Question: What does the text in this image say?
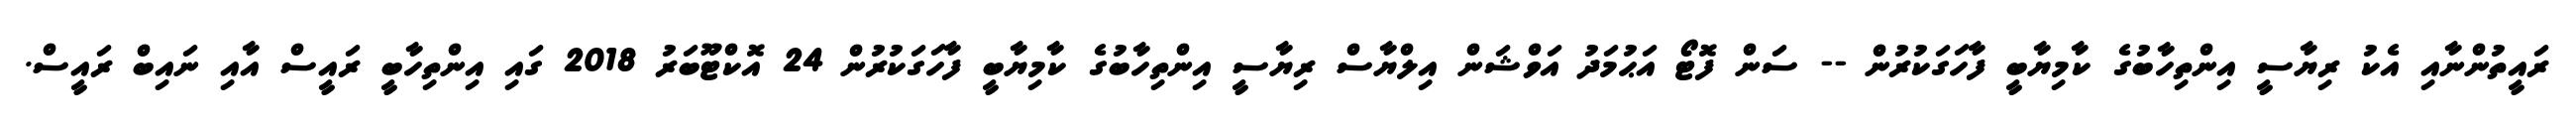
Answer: ރައީތުންނާއި އެކު ރިޔާސީ އިންތިހާބުގެ ކާމިޔާބީ ފާހަގަކުރުން -- ސަން ފޮޓޯ އަޙުމަދު އަވްޝަން އިލްޔާސް ރިޔާސީ އިންތިހާބުގެ ކާމިޔާބީ ފާހަގަކުރުން 24 އޮކްޓޫބަރު 2018 ގައި އިންތިހާބީ ރައީސް އާއި ނައިބް ރައީސް.